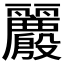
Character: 𱍪